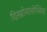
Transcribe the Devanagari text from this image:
दिस्च्रोमातोप्सिया